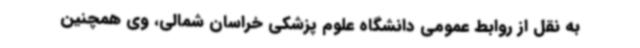
به نقل از روابط عمومی دانشگاه علوم پزشکی خراسان شمالی، وی همچنین